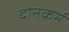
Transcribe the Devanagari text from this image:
दानकर्म